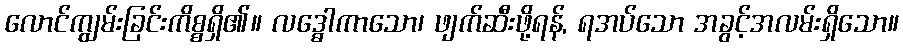
လောင်ကျွမ်းခြင်းကိစ္စရှိ၏။ လဒ္ဓေါကာသော၊ ဖျက်ဆီးဖို့ရန်, ရအပ်သော အခွင့်အလမ်းရှိသော။